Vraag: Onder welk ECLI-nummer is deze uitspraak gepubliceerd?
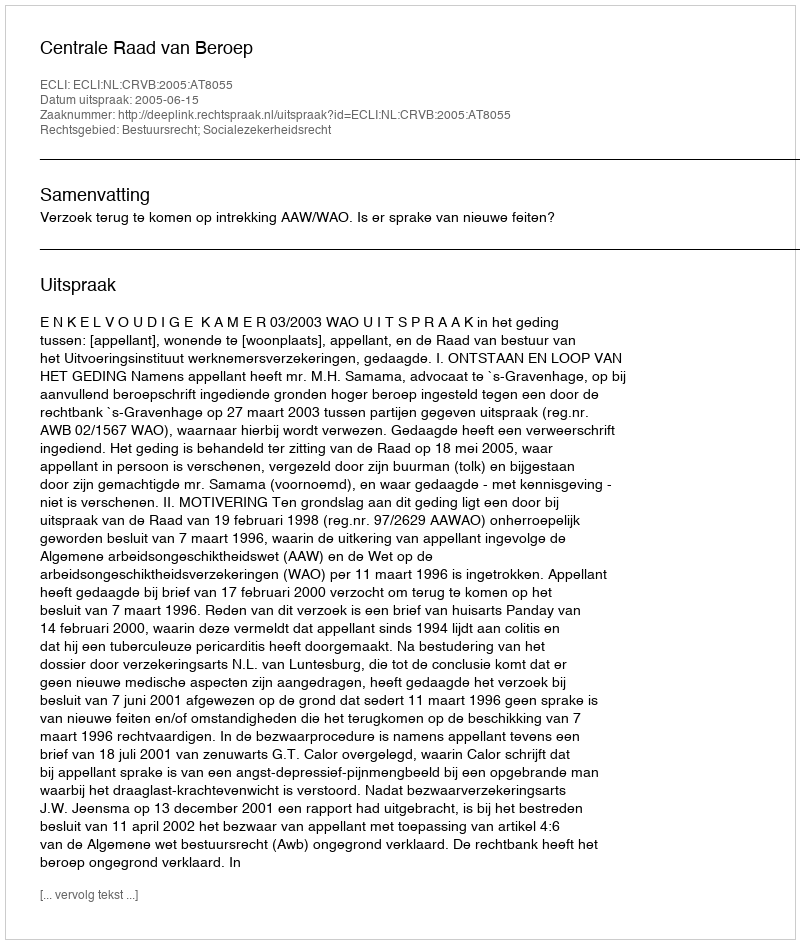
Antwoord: ECLI:NL:CRVB:2005:AT8055